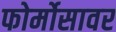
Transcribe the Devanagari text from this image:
फोर्मोसावर